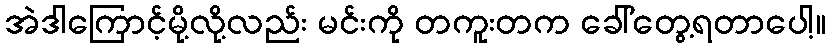
အဲဒါကြောင့်မို့လို့လည်း မင်းကို တကူးတက ခေါ်တွေ့ရတာပေါ့။